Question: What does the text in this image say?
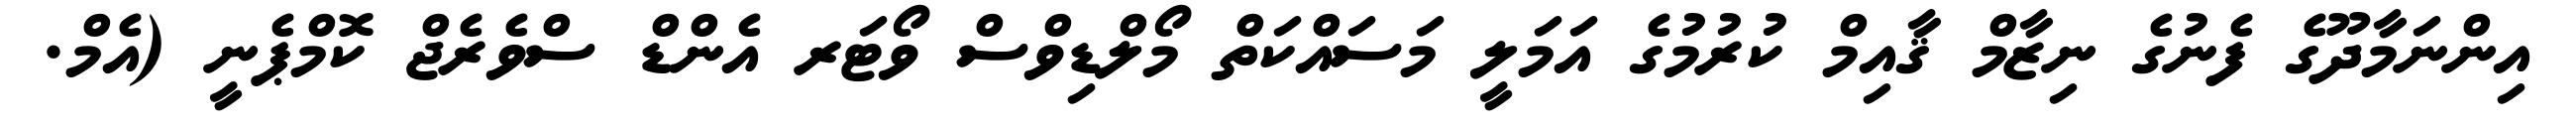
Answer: އިންނަމާދޫގެ ފެނުގެ ނިޒާމް ޤާއިމް ކުރުމުގެ އަމަލީ މަސައްކަތް މޯލްޑިވްސް ވޯޓަރ އެންޑް ސްވެރެޖް ކޮމްޕެނީ (އެމް.